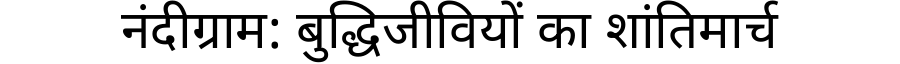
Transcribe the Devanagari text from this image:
नंदीग्राम: बुद्धिजीवियों का शांतिमार्च